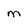
Character: M